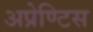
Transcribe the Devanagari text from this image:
अप्रेण्टिस